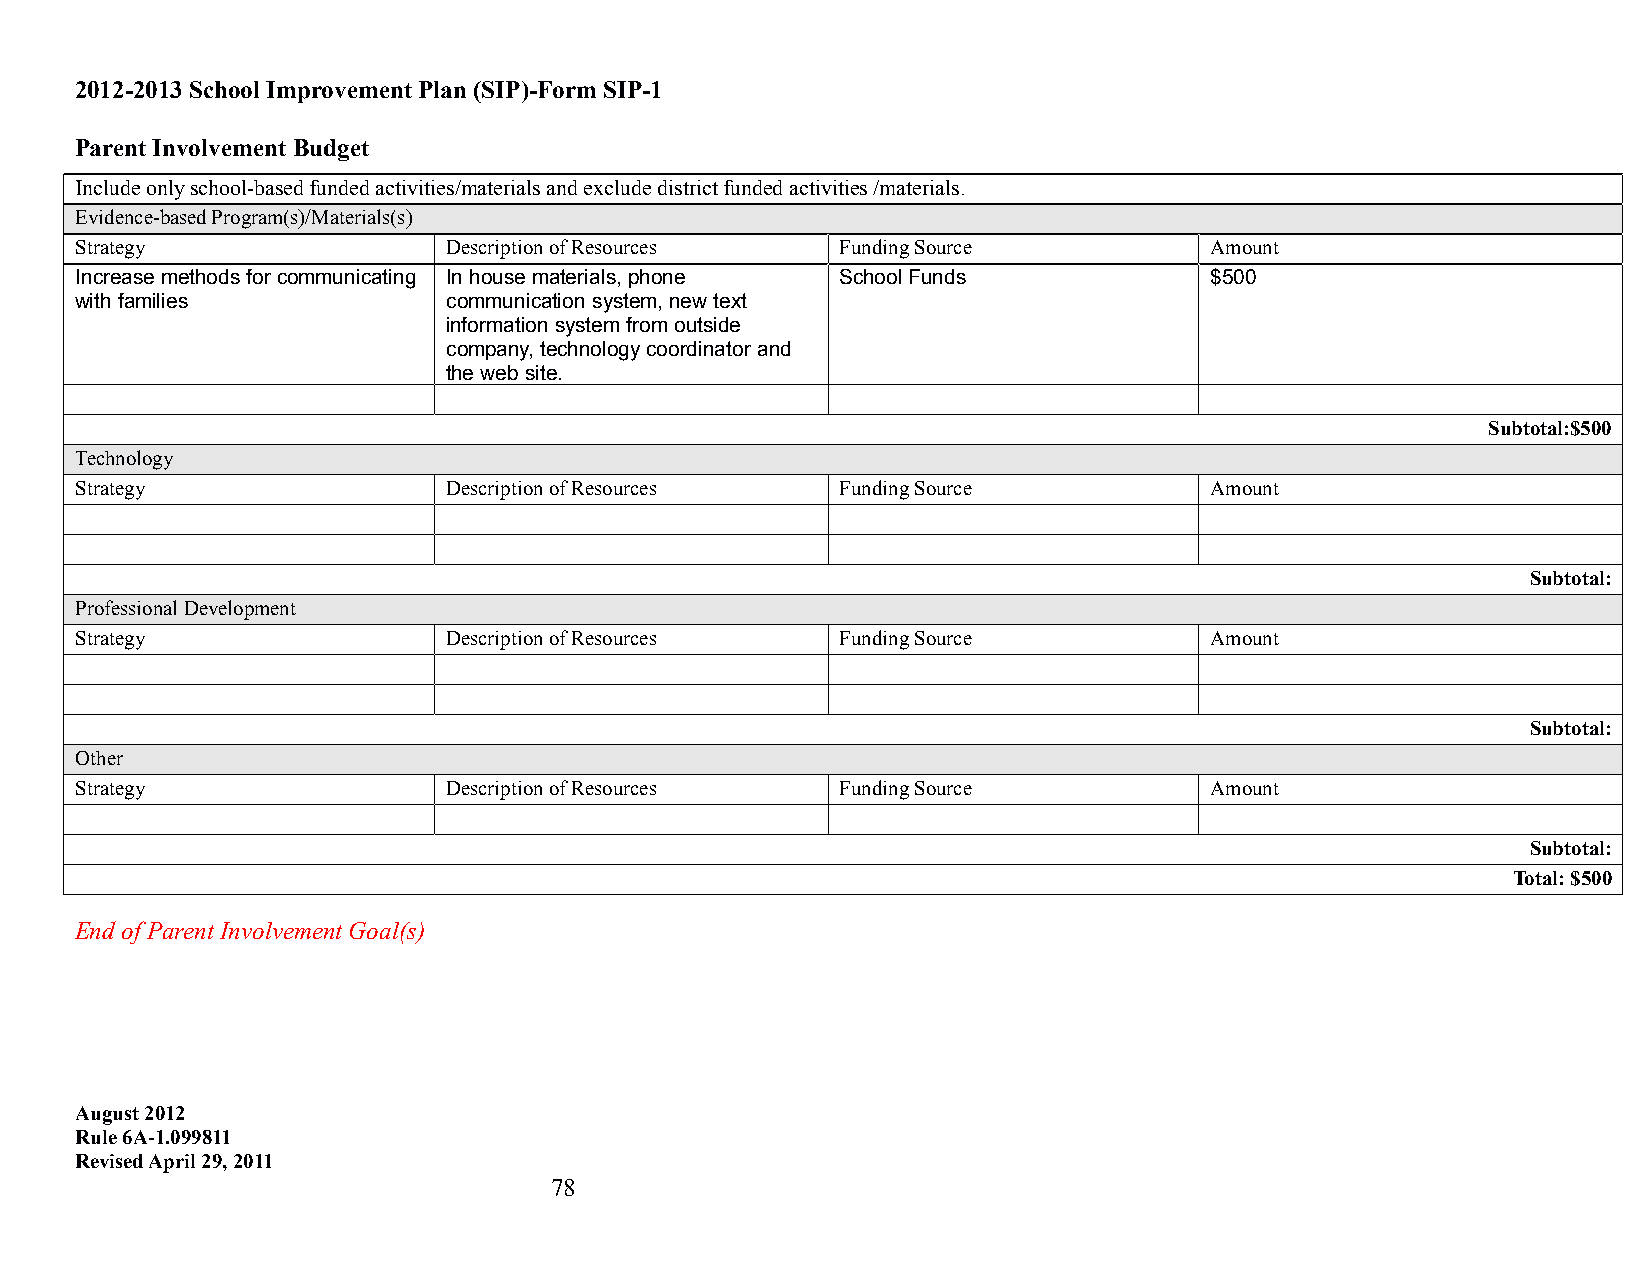
2012-2013 School Improvement Plan (SIP)-Form SIP-1
 Parent Involvement Budget
 Include only school-based funded activities/materials and exclude district funded activities /materials.
 Evidence-based Program(s)/Materials(s)
 Strategy                 Description of Resources  Funding Source          Amount
 Increase methods for communicating In house materials, phone School Funds  $500
 with families            communication system, new text
 information system from outside
 company, technology coordinator and
 the web site.
 Subtotal:$500
 Technology
 Strategy                 Description of Resources  Funding Source          Amount
 Subtotal:
 Professional Development
 Strategy                 Description of Resources  Funding Source          Amount
 Subtotal:
 Other
 Strategy                 Description of Resources  Funding Source          Amount
 Subtotal:
 Total: $500
 End of Parent Involvement Goal(s)
 August 2012
 Rule 6A-1.099811
 Revised April 29, 2011
 78